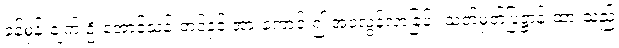
ခန့်မှန်းချက် ဦးအောင်သန်းတင်နှင့် အားကောင်း၍ အဝလွန်လာခြင်း သတ်မှတ်ပြဋ္ဌာန်းထားသည်